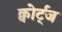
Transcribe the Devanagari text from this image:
क्वोर्ट्‌ज